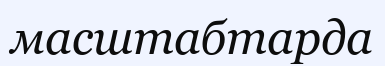
масштабтарда